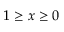
1 \geq x \geq 0